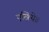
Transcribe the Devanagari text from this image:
एखिये॥